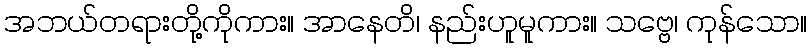
အဘယ်တရားတို့ကိုကား။ အာနေတိ၊ နည်းဟူမူကား။ သဗ္ဗေ၊ ကုန်သော။